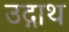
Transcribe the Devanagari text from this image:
उद्गाथ